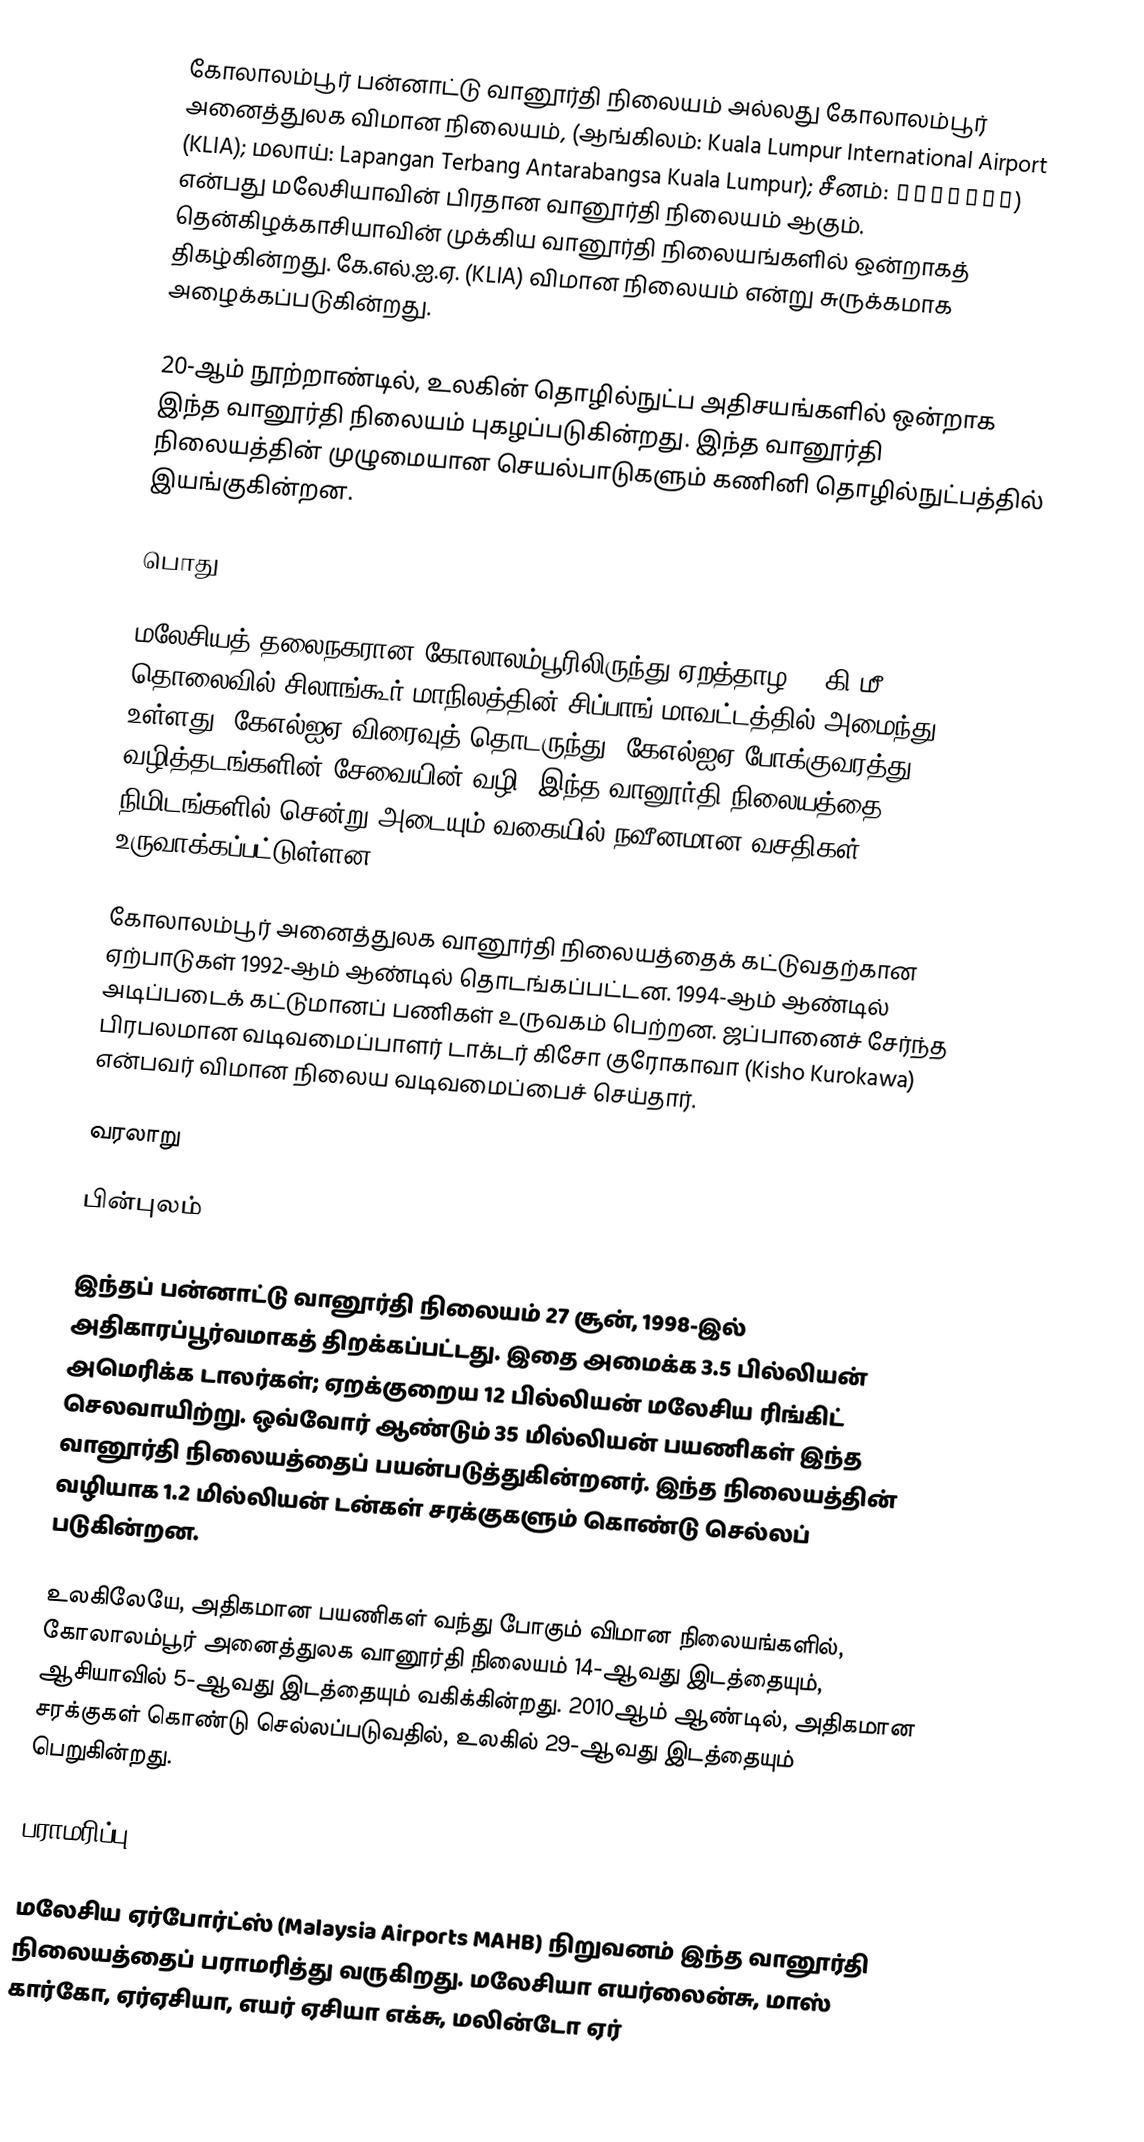
கோலாலம்பூர் பன்னாட்டு வானூர்தி நிலையம் அல்லது கோலாலம்பூர் அனைத்துலக விமான நிலையம், (ஆங்கிலம்: Kuala Lumpur International Airport (KLIA); மலாய்: Lapangan Terbang Antarabangsa Kuala Lumpur); சீனம்: 吉隆坡国际机场) என்பது மலேசியாவின் பிரதான வானூர்தி நிலையம் ஆகும். தென்கிழக்காசியாவின் முக்கிய வானூர்தி நிலையங்களில் ஒன்றாகத் திகழ்கின்றது. கே.எல்.ஐ.ஏ. (KLIA) விமான நிலையம் என்று சுருக்கமாக அழைக்கப்படுகின்றது.

20-ஆம் நூற்றாண்டில், உலகின் தொழில்நுட்ப அதிசயங்களில் ஒன்றாக இந்த வானூர்தி நிலையம் புகழப்படுகின்றது. இந்த வானூர்தி நிலையத்தின் முழுமையான செயல்பாடுகளும் கணினி தொழில்நுட்பத்தில் இயங்குகின்றன.

பொது

மலேசியத் தலைநகரான கோலாலம்பூரிலிருந்து ஏறத்தாழ 65 கி.மீ தொலைவில் சிலாங்கூர் மாநிலத்தின் சிப்பாங் மாவட்டத்தில் அமைந்து உள்ளது. கேஎல்ஐஏ விரைவுத் தொடருந்து; கேஎல்ஐஏ போக்குவரத்து வழித்தடங்களின் சேவையின் வழி, இந்த வானூர்தி நிலையத்தை 28 நிமிடங்களில் சென்று அடையும் வகையில் நவீனமான வசதிகள் உருவாக்கப்பட்டுள்ளன.

கோலாலம்பூர் அனைத்துலக வானூர்தி நிலையத்தைக் கட்டுவதற்கான ஏற்பாடுகள் 1992-ஆம் ஆண்டில் தொடங்கப்பட்டன. 1994-ஆம் ஆண்டில் அடிப்படைக் கட்டுமானப் பணிகள் உருவகம் பெற்றன. ஜப்பானைச் சேர்ந்த பிரபலமான வடிவமைப்பாளர் டாக்டர் கிசோ குரோகாவா (Kisho Kurokawa) என்பவர் விமான நிலைய வடிவமைப்பைச் செய்தார்.

வரலாறு

பின்புலம்

இந்தப் பன்னாட்டு வானூர்தி நிலையம் 27 சூன், 1998-இல் அதிகாரப்பூர்வமாகத் திறக்கப்பட்டது. இதை அமைக்க 3.5 பில்லியன் அமெரிக்க டாலர்கள்; ஏறக்குறைய 12 பில்லியன் மலேசிய ரிங்கிட் செலவாயிற்று. ஒவ்வோர் ஆண்டும் 35 மில்லியன் பயணிகள் இந்த வானூர்தி நிலையத்தைப் பயன்படுத்துகின்றனர். இந்த நிலையத்தின் வழியாக 1.2 மில்லியன் டன்கள் சரக்குகளும் கொண்டு செல்லப் படுகின்றன.

உலகிலேயே, அதிகமான பயணிகள் வந்து போகும் விமான நிலையங்களில், கோலாலம்பூர் அனைத்துலக வானூர்தி நிலையம் 14-ஆவது இடத்தையும், ஆசியாவில் 5-ஆவது இடத்தையும் வகிக்கின்றது. 2010ஆம் ஆண்டில், அதிகமான சரக்குகள் கொண்டு செல்லப்படுவதில், உலகில் 29-ஆவது இடத்தையும் பெறுகின்றது.

பராமரிப்பு

மலேசிய ஏர்போர்ட்ஸ் (Malaysia Airports MAHB) நிறுவனம் இந்த வானூர்தி நிலையத்தைப் பராமரித்து வருகிறது. மலேசியா எயர்லைன்சு, மாஸ் கார்கோ, ஏர்ஏசியா, எயர் ஏசியா எக்சு, மலின்டோ ஏர்